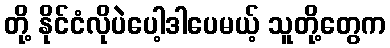
တို့ နိုင်ငံလိုပဲပေါ့ဒါပေမယ့် သူတို့တွေက